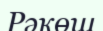
Рәкөш